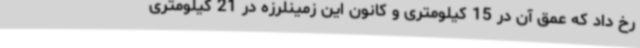
رخ داد که عمق آن در 15 کیلومتری و کانون این زمینلرزه در 21 کیلومتری